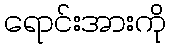
ရောင်းအားကို